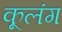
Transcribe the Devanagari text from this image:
कूलंग